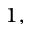
^ { 1 , }